Medical and sanitary report of the native army of Bengal for the year
Year: 1874
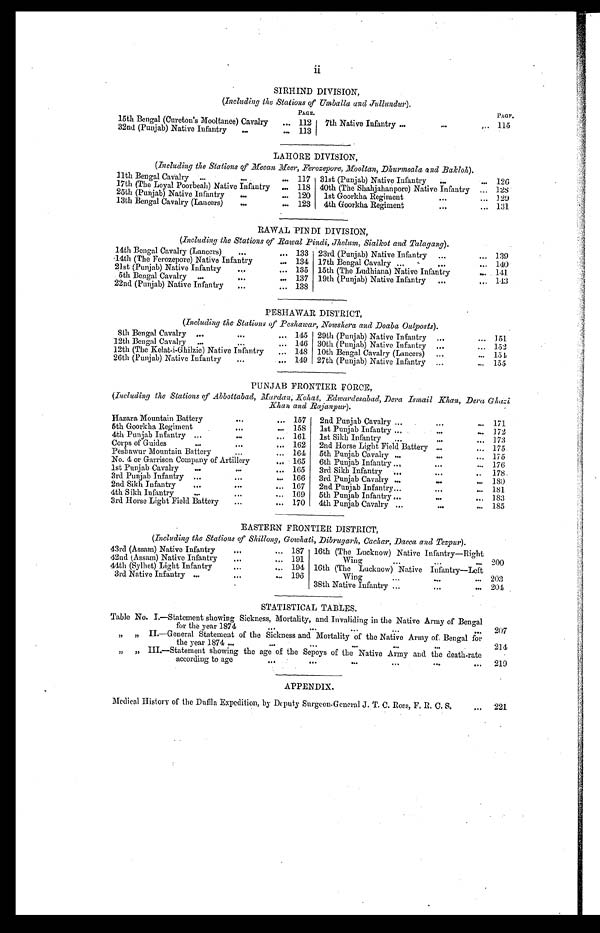
ii
SIRHIND DIVISION,
(Including the Stations of Umballa and Jullundur).
P A G E
P A G E
15th Bengal (Cureton's Mooltanee) Cavalry
112 7th Native Infantry
115
32nd (Punjab) Native Infantry
113
LAHORE DIVISION,
(Including the Stations of Meean Meer, Ferozepore, Mooltan, Dhurmsala and Bakloh).
11th Bengal Cavalry
117 31st (Punjab) Native Infantry
126
17th (The Loyal Poorbeah) Native Infantry
118 40th (The Shahjahanpore) Native Infantry
128
25th (Punjab) Native Infantry
120 1st Goorkha Regiment
129
13th Bengal Cavalry (Lancers)
123 4th Goorkha Regiment
131
RAWAL PINDI DIVISION,
(Including the Stations of Rawal Pindi, Jhelum, Sialkot and Talagang).
14th Bengal Cavalry (Lancers)
133 23rd (Punjab) Native Infantry
139
14th (The Ferozepore) Native Infantry
134 17th Bengal Cavalry
140
21st (Punjab) Native Infantry
135 15th (The Ludhiana) Native Infantry
141
5th Bengal Cavalry
137 19th (Punjab) Native Infantry
143
22nd (Punjab) Native Infantry
138
PESHAWAR DISTRICT,
(Including the Stations of Peshawar, Nowshera and Doaba Outposts).
8th Bengal Cavalry
145 29th (Punjab) Native Infantry
151
12th Bengal Cavalry
146 30th (Punjab) Native Infantry
152
12th (The Kelat-i-Ghilzie) Native Infantry
148 10th Bengal Cavalry (Lancers)
1 5 4
26th (Punjab) Native Infantry
149 27th (Punjab) Native Infantry
155
PUNJAB FRONTIER FORCE,
(Including the Stations of Abbottabad, Mardan, Kohat, Edwardesabad, Dera Ismail Khan, Dera
Ghazi
Khan and Rajanpur).
Hazara Mountain Battery
157 2nd Punjab Cavalry
1 7 1
5th Goorkha Regiment
158 1st Punjab Infantry
172
4th Punjab Infantry
161 1st Sikh Infantry
173
Corps of Guides
162 2nd Horse Light Field Battery
175
Peshawur Mountain Battery
164 5th Punjab Cavalry
175
No. 4 or Garrison Company of Artillery
165
6th Punjab Infantry
176
1st Punjab Cavalry
165
3rd Sikh Infantry
178
3rd Punjab Infantry
166 3rd Punjab Cavalry
180
2nd Sikh Infantry
167
2nd Punjab Infantry
181
4th Sikh Infantry
169
5th Punjab Infantry
183
3rd Horse Light Field Battery
170 4th Punjab Cavalry
185
EASTERN FRONTIER DISTRICT,
(Including the Stations of Shillong. Gowhati, Dibrugarh, Cachar, Dacca and Tezpur).
43rd (Assam) Native Infantry
187 16th (The Lucknow) Native Infantry—Right
Wing
200
42nd (Assam) Native Infantry
191
44th (Sylhet) Light Infantry
194 16th (The Lucknow) Native Infantry—Left
Wing
203
3rd Native Infantry
196
38th Native Infantry
204
STATISTICAL TABLES.
Table No. 1.—Statement showing Sickness, Mortality, and Invaliding in the Native Army of Bengal for the year 1874
207
" " II.—General Statement of the Sickness and Mortality of the Native Army of Bengal for
the year 1874
214
" " III.—Statement showing the age of the Sepoys of the Native Army and the death-rate
according to age
219
APPENDIX.
Medical History of the Duffla Expedition, by Deputy Surgeon-General J. T. C. Ross, F. R. C. S.
2 2 1